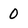
Character: 0